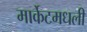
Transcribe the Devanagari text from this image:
मार्केटमधली